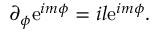
\begin{array} { r } { \partial _ { \phi } \mathrm { e } ^ { i m \phi } = i l \mathrm { e } ^ { i m \phi } . } \end{array}